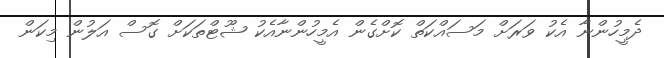
ދެމީހުންނާ އެކު ވަރަށް މަސައްކަތް ކޮށްގެން އެމީހުންނާއެކު ޝޫޓްތަކަށް ގޮސް އަލުން މިކަން